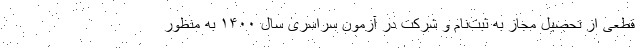
قطعی از تحصیل مجاز به ثبت‌نام و شرکت در آزمون سراسری سال ۱۴۰۰ به منظور